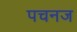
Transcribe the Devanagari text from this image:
पचनज